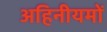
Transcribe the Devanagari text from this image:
अहिनीयमों